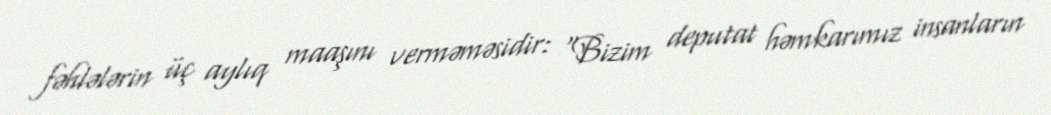
fəhlələrin üç aylıq maaşını verməməsidir: “Bizim deputat həmkarımız insanların